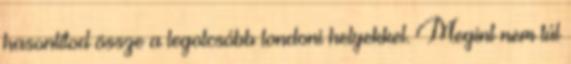
hasonlítod össze a legolcsóbb londoni helyekkel. Megint nem túl